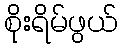
စိုးရိမ်ဖွယ်